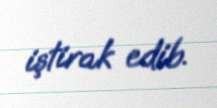
iştirak edib.